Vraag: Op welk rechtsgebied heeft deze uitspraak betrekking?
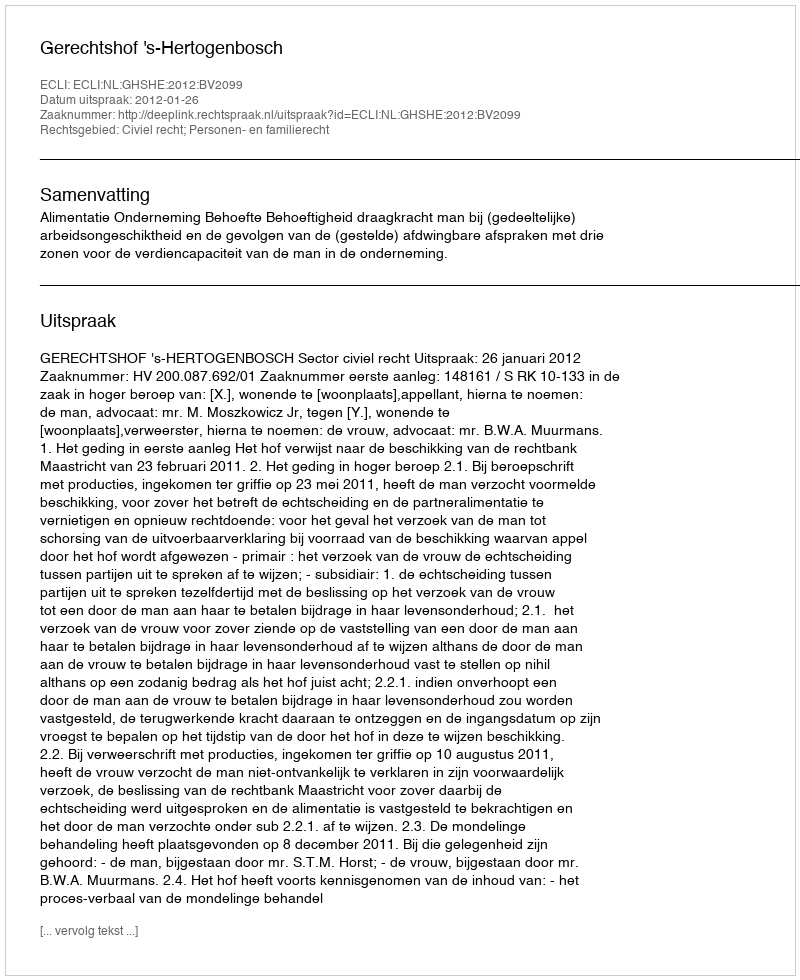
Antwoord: Civiel recht; Personen- en familierecht